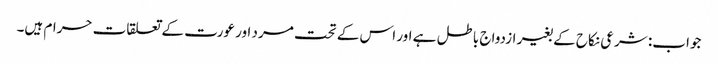
جواب: شرعی نکاح کے بغیر ازدواج باطل ہے اور اس کے تحت مرد اور عورت کے تعلقات حرام ہیں۔